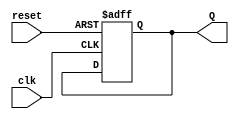
module DivideByNJohnsonCounter #(parameter N = 4) (
    input clk,              // Input clock
    input reset,            // Asynchronous reset
    output reg [M-1:0] Q    // Output states
);
    // Calculate the number of flip-flops needed (M)
    localparam M = N / 2;

    // Internal register to hold the state
    reg [M-1:0] state;

    // Sequential logic to handle state transitions
    always @(posedge clk or posedge reset) begin
        if (reset) begin
            // On reset, initialize the state to 0
            state <= {M{1'b0}}; // All flip-flops set to 0
        end else begin
            // Johnson Counter state transition
            state <= {~state[M-1], state[M-1:M-2]}; // Shift and feed back inverted last output
        end
    end

    // Assign the current state to the output
    always @(state) begin
        Q <= state;
    end

endmodule